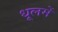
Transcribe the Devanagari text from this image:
धूलमें